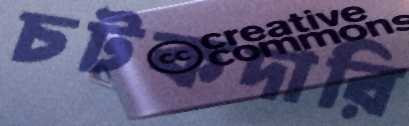
চটকদারি